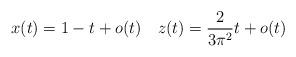
LaTeX: \begin{align*} x(t)=1-t+o(t)\quad z(t)=\frac{2}{3\pi^2}t+o(t)\quad\end{align*}